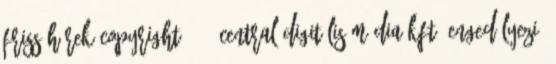
friss hírek Copyright 2018 Central Digitális Média Kft. Engedélyezi,